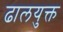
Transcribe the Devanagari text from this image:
ढालयुक्त